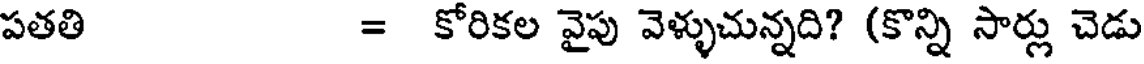
పతతి = కోరికల వైపు వెళ్ళుచున్నది? (కొన్ని సార్లు చెడు